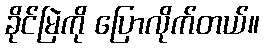
ခိုင်မြဲကို ပြောလိုက်တယ်။